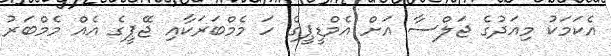
އެކަމަކު މިއަދުގެ ޖަލްސާ އަށް އެމްޑީޕީގެ ހަ މެމްބަރަކާއި ޖޭޕީގެ އެއް މެމްބަރު